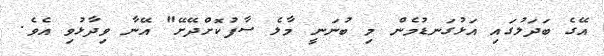
އޭގެ ބަދަލުގައި އަޅުގަނޑުމެން މި ބުނަނީ މާލެ ސާފުކޮށްދޭށޭ" އޭނާ ވިދާޅުވި އެވެ.